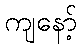
ကျနော့်